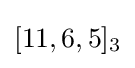
[11,6,5]_{3}